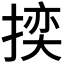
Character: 𭡬